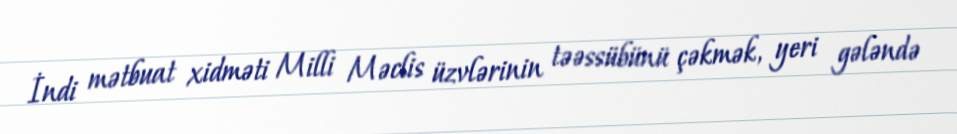
İndi mətbuat xidməti Milli Məclis üzvlərinin təəssübünü çəkmək, yeri gələndə